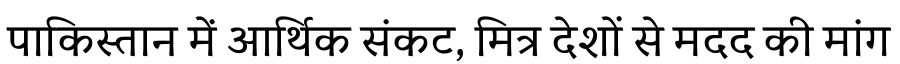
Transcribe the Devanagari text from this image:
पाकिस्तान में आर्थिक संकट, मित्र देशों से मदद की मांग